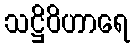
သဋ္ဌိဝိဟာရေ